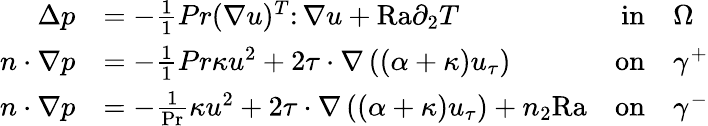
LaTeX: \begin{array}{rlrl}{\Delta p}&{=-\frac{1}{1}{{Pr}}(\nabla u)^{T}\colon\nabla u+{\mathrm{Ra}}\partial_{2}T}&{\textnormal{in}}&{\Omega}\\ {n\cdot\nabla p}&{=-\frac{1}{1}{{Pr}}\kappa u^{2}+2\tau\cdot\nabla\left((\alpha+\kappa)u_{\tau}\right)}&{\textnormal{on}}&{\gamma^{+}}\\ {n\cdot\nabla p}&{=-\frac{1}{\mathrm{Pr}}\kappa u^{2}+2\tau\cdot\nabla\left((\alpha+\kappa)u_{\tau}\right)+n_{2}\mathrm{{Ra}}}&{\textnormal{on}}&{\gamma^{-}}\end{array}